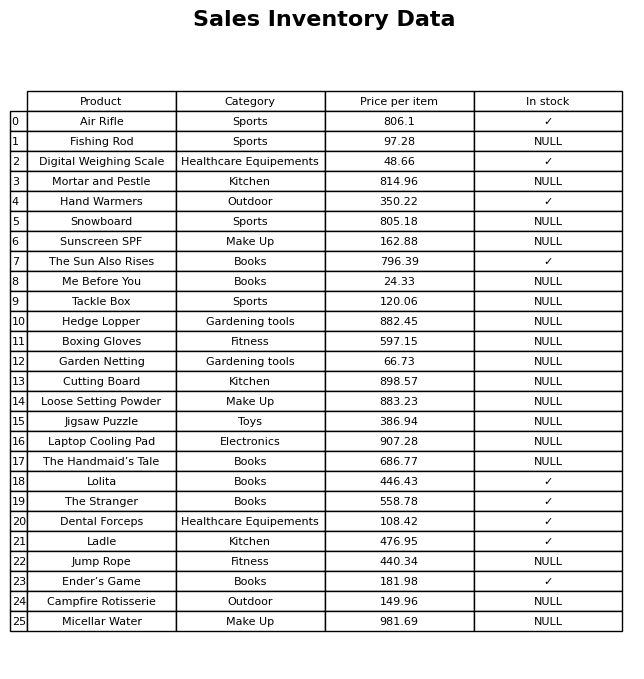
question: What category does the Snowboard belong to?
answer: Sports